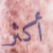
أكثر